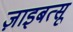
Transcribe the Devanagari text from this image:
ज़ाइबत्सू